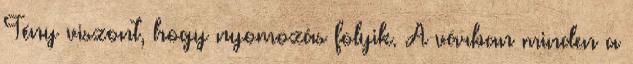
Tény viszont, hogy nyomozás folyik. A várban minden a